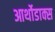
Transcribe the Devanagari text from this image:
आर्थोडाक्स